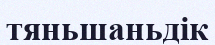
тяньшаньдік